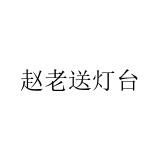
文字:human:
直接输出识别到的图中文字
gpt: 赵老送灯台